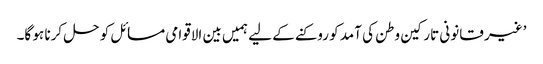
’غیر قانونی تارکین وطن کی آمد کو روکنے کے لیے ہمیں بین الاقوامی مسائل کو حل کرنا ہو گا۔